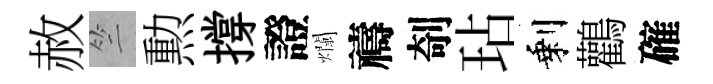
赦竺勲撐證爛禱剞玷剩鸛確